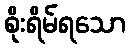
စိုးရိမ်ရသော